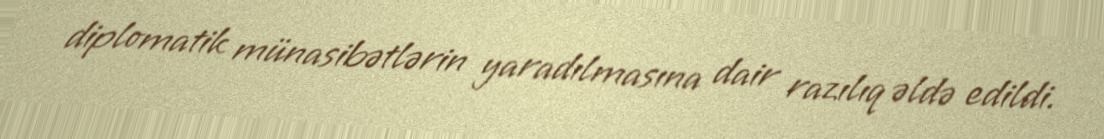
diplomatik münasibətlərin yaradılmasına dair razılıq əldə edildi.